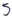
Text: S